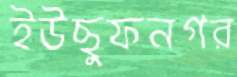
ইউছুফনগর